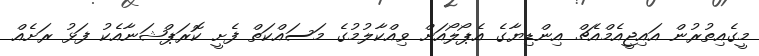
މީގެއިތުރުން އައިޖީއެމްއެޗް އިންޑިޔާގެ އެޕޯލޯއަށް ވިއްކާލުމުގެ މަސައްކަތް ފެށީ ކޮރަޕްޝަނާއެކު ފަޅު ރަށެއް